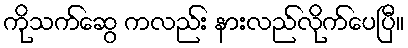
ကိုသက်ဆွေ ကလည်း နားလည်လိုက်ပေပြီ။